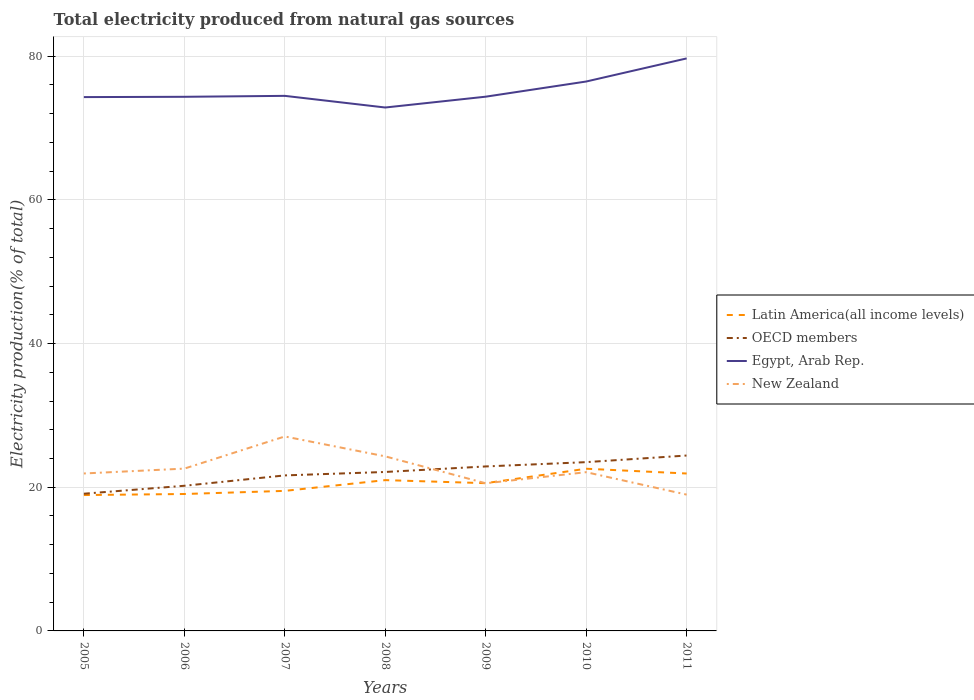
| Years | Latin America(all income levels) | OECD members | Egypt, Arab Rep. | New Zealand |
 | --- | --- | --- | --- | --- |
 | 2005 | 18.9 | 19.1 | 74.3 | 21.9 |
 | 2006 | 19.1 | 20.2 | 74.4 | 22.6 |
 | 2007 | 19.5 | 21.6 | 74.5 | 27.1 |
 | 2008 | 21 | 22.1 | 72.9 | 24.3 |
 | 2009 | 20.6 | 22.9 | 74.4 | 20.6 |
 | 2010 | 22.6 | 23.5 | 76.5 | 22.1 |
 | 2011 | 21.9 | 24.4 | 79.7 | 19 |